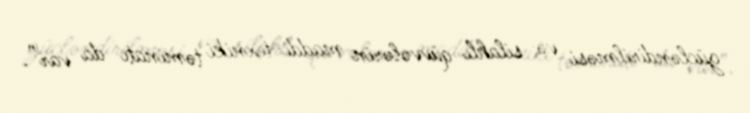
gücləndirilməsi və silahlı qüvvələrin maddi-texniki təminatı da var”.